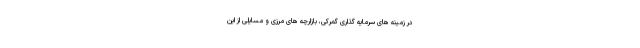
در زمینه های سرمایه گذاری گمرکی، بازارچه های مرزی و مسایلی از این